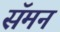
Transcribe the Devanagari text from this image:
सॅमन